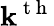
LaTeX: \mathbf{k}^{\mathrm{{~t~h~}}}